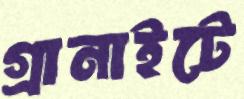
গ্রানাইটে